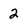
Character: 2